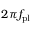
2 \pi f _ { \mathrm { p l } }